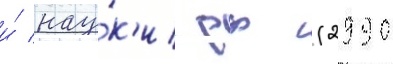
и́ нау́к'и рф (2990